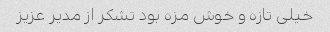
خیلی تازه و خوش مزه بود تشکر از مدیر عزیز